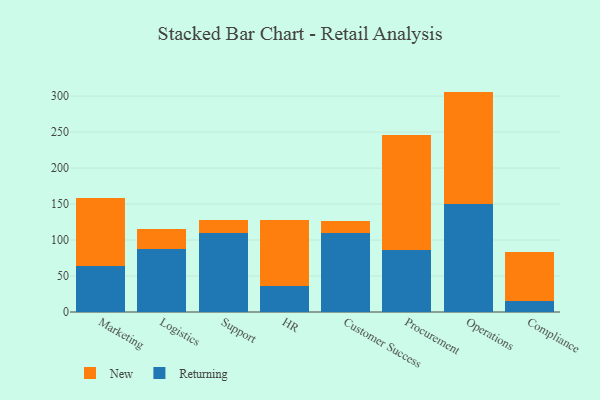
{"axis": {"x": "Department", "y": "Population (Million)"}, "legend": ["New", "Returning"], "data": [{"x": "Marketing", "y": 63.8, "type": "Returning"}, {"x": "Marketing", "y": 95.3, "type": "New"}, {"x": "Logistics", "y": 87.1, "type": "Returning"}, {"x": "Logistics", "y": 28.2, "type": "New"}, {"x": "Support", "y": 109.4, "type": "Returning"}, {"x": "Support", "y": 18.6, "type": "New"}, {"x": "HR", "y": 36.0, "type": "Returning"}, {"x": "HR", "y": 92.0, "type": "New"}, {"x": "Customer Success", "y": 109.6, "type": "Returning"}, {"x": "Customer Success", "y": 17.0, "type": "New"}, {"x": "Procurement", "y": 86.8, "type": "Returning"}, {"x": "Procurement", "y": 158.9, "type": "New"}, {"x": "Operations", "y": 149.8, "type": "Returning"}, {"x": "Operations", "y": 156.5, "type": "New"}, {"x": "Compliance", "y": 14.9, "type": "Returning"}, {"x": "Compliance", "y": 68.9, "type": "New"}]}